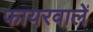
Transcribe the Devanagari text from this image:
फायरवालें